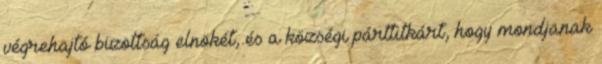
végrehajtó bizottság elnökét, és a községi párttitkárt, hogy mondjanak